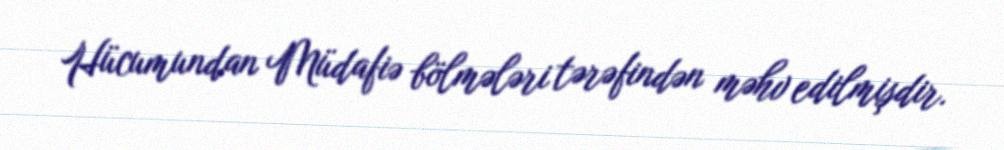
Hücumundan Müdafiə bölmələri tərəfindən məhv edilmişdir.